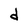
Character: d